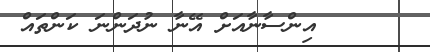
٥      އިންސާނާއަށް އޭނާ ނުދަންނަ ކަންތައް